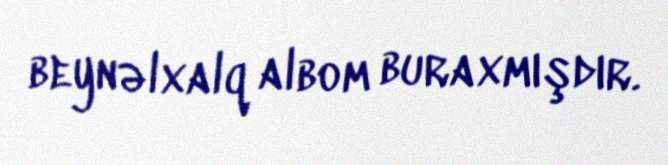
beynəlxalq albom buraxmışdır.